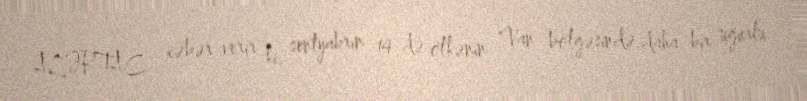
AZƏRTAC xəbər verir ki, sentyabrın 14-də ölkənin Van bölgəsində daha bir uğurlu